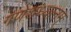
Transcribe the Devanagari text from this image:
गणेशध्यानम्